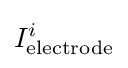
I_{\text{electrode}}^{i}